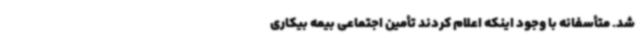
شد. متأسفانه با وجود اینکه اعلام کردند تأمین اجتماعی بیمه بیکاری